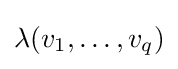
\lambda (v_{1},\dots ,v_{q})